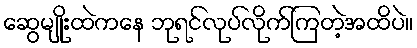
ဆွေမျိုးထဲကနေ ဘုရင်လုပ်လိုက်ကြတဲ့အထိပဲ။